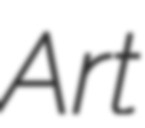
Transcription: Art